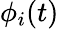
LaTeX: \phi_{i}(t)